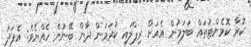
ކުރާ ކޮމެންޓުތައް ބަލަމުން އެއަށް ރިޕްލައި ކުރަމުން ދާން ބޭނުން ހެއްޔެވެ: އެފަދަ